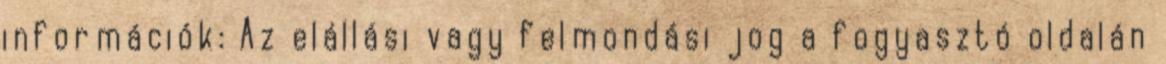
információk: Az elállási vagy felmondási jog a fogyasztó oldalán